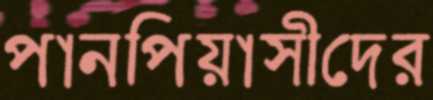
পানপিয়াসীদের